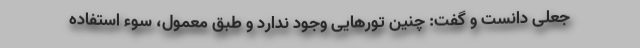
جعلی دانست و گفت: چنین تورهایی وجود ندارد و طبق معمول، سوء استفاده